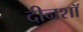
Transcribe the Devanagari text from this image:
दीनशॉ